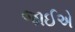
જાઈએ